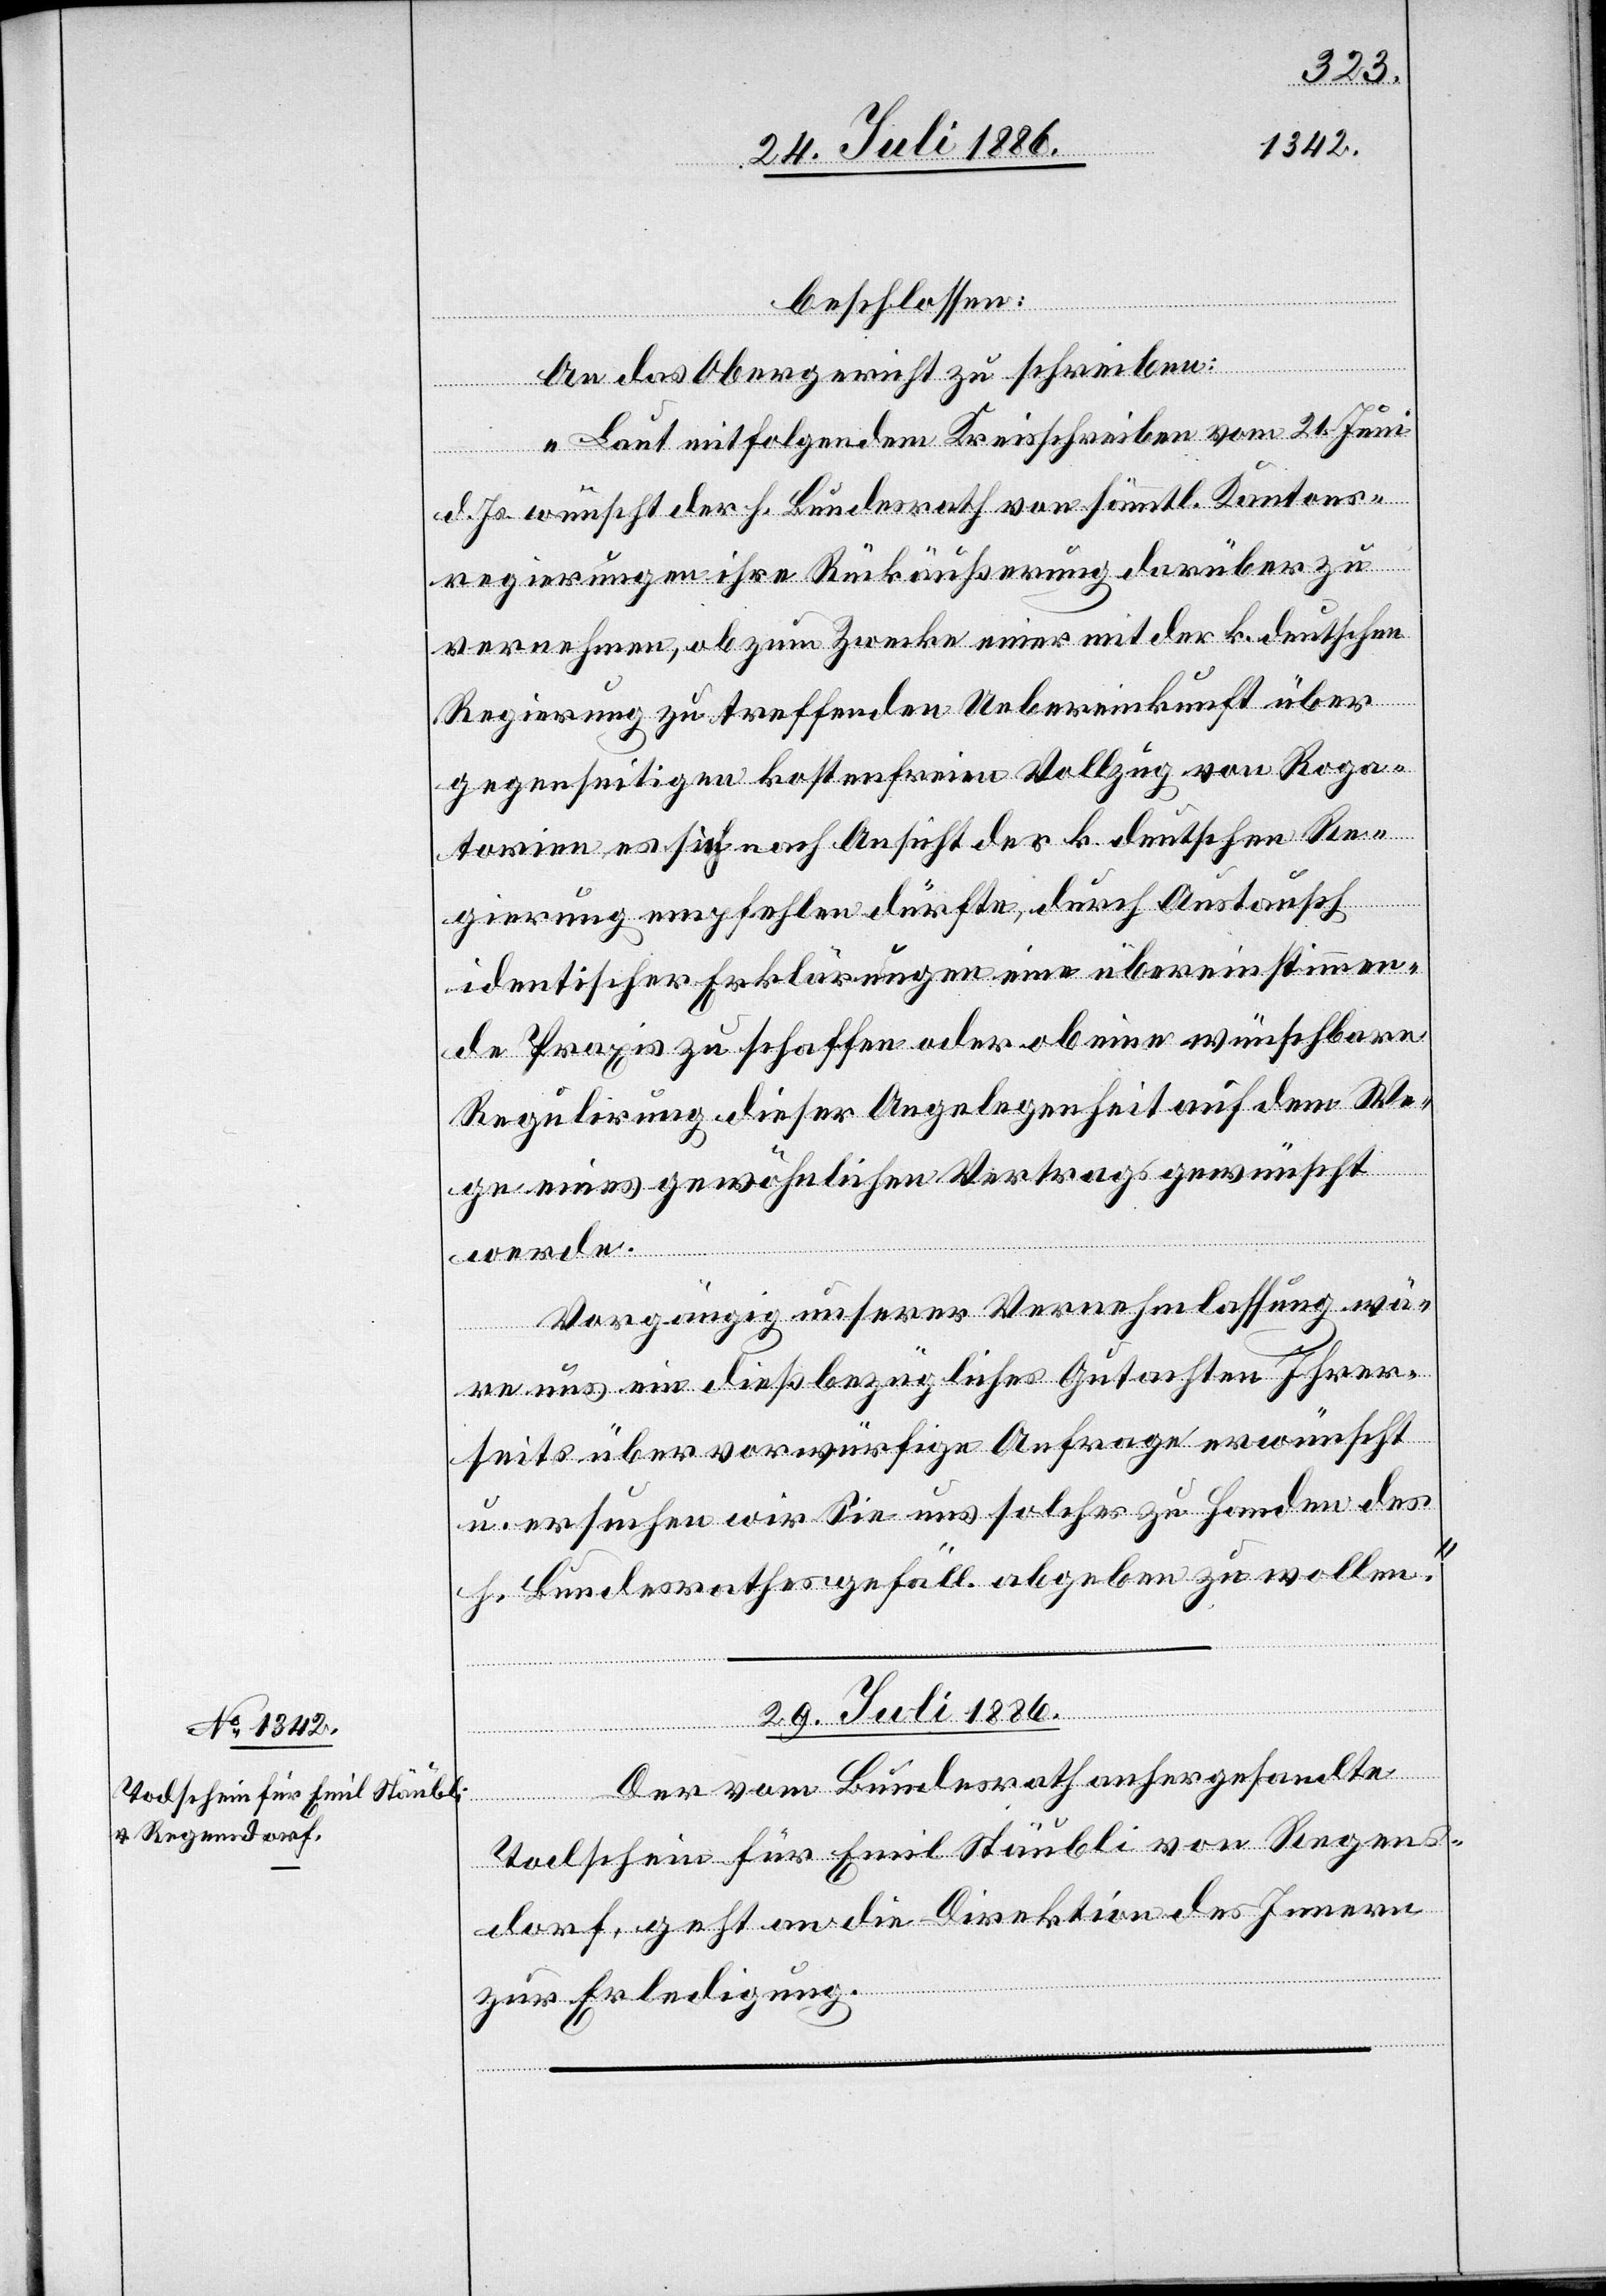
beschlossen:
An das Obergericht zu schreiben:
„Laut mitfolgendem Kreisschreiben vom 21. Juni
d. Js. wünscht der h. Bundesrath von sämtl. Kantons¬
regierungen ihre Rückäußerung darüber zu
vernehmen, ob zum Zwecke einer mit der k. deutschen
Regierung zu treffenden Uebereinkunft über
gegenseitigen kostenfreien Vollzug von Roga¬
torien es sich nach Ansicht der k. deutschen Re¬
gierung empfehlen dürfte, durch Austausch
identischer Erklärungen eine übereinstimmen¬
de Praxis zu schaffen oder ob eine wünschbare
Regulirung dieser Angelegenheit auf dem We¬
ge eines gewöhnlichen Vertrags gewünscht
werde.
Vorgängig unserer Vernehmlassung wä¬
re uns ein dießbezügliches Gutachten Ihrer¬
seits über vorwürfige Anfrage erwünscht
u. ersuchen wir Sie uns solches zu Handen es
h. Bundesrathes gefäll. abgeben zu wollen.“
29. Juli 1886.
Todschein für Emil Stäubli von Regens¬
dorf, geht an die Direktion des Innern
zur Erledigung.